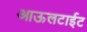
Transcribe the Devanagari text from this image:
आऊलटाईट